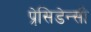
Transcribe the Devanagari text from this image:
प्रेसि़डेन्सी